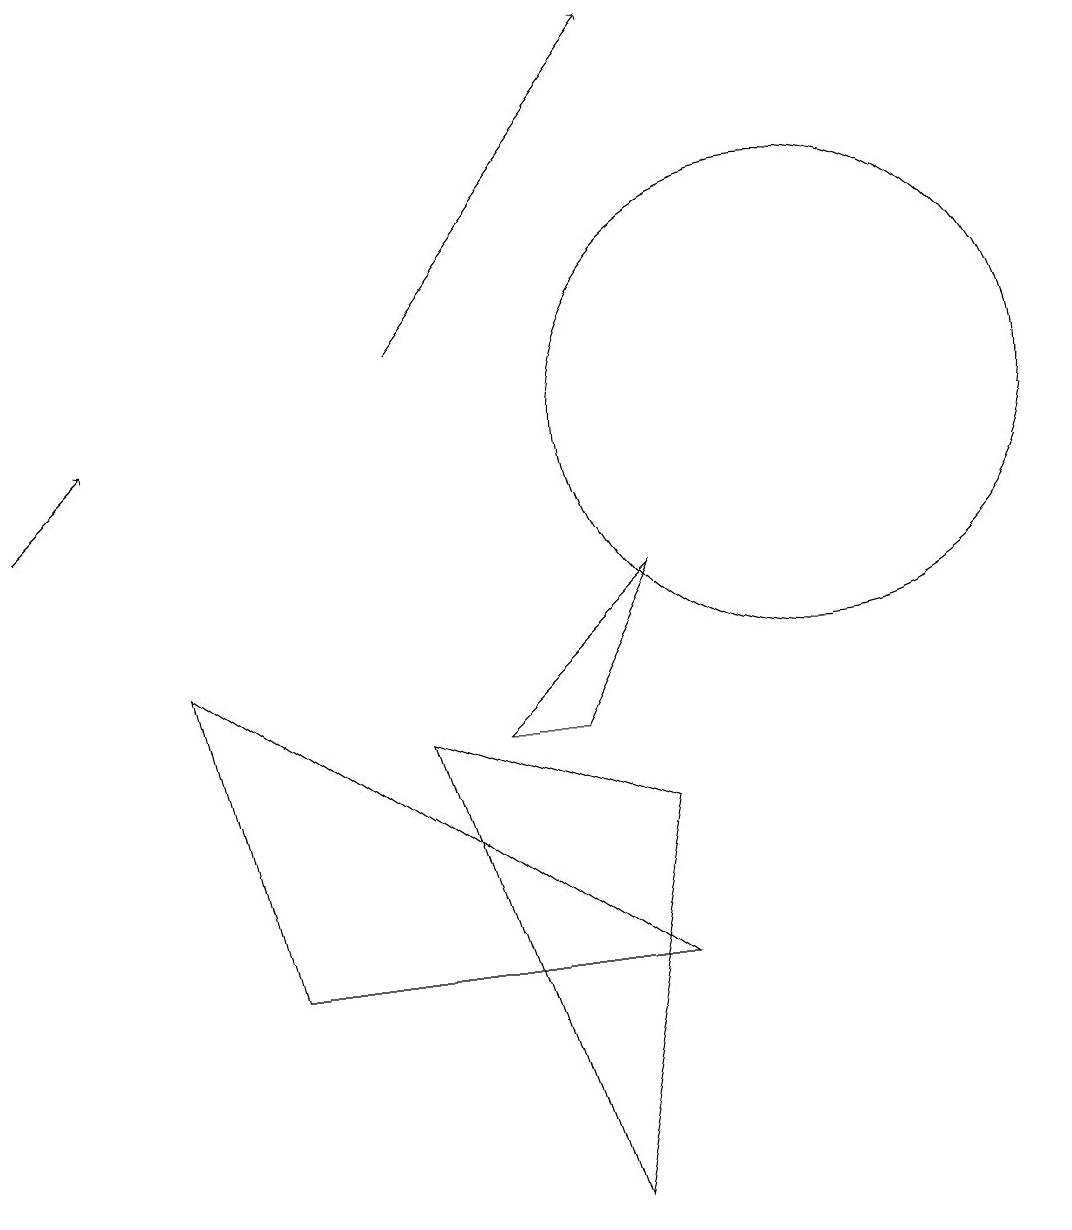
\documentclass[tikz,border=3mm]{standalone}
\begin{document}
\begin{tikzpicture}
\draw (10,12) circle (0);
\draw (7,1) -- (5,7) -- (8,6) -- cycle;
\draw (10,11) circle (3);
\draw (8,4) -- (2,8) -- (3,4) -- cycle;
\draw[->] (0,10) -- (1,11);
\draw (8,9) -- (6,7) -- (7,7) -- cycle;
\draw (11,10) circle (0);
\draw[->] (5,12) -- (8,16);
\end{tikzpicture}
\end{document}